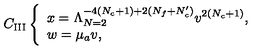
C _ { \mathrm { I I I } } \left\{ \begin{array} { l } { x = \Lambda _ { N = 2 } ^ { - 4 ( N _ { c } + 1 ) + 2 ( N _ { f } + N _ { c } ^ { \prime } ) } v ^ { 2 ( N _ { c } + 1 ) } , } \\ { w = \mu _ { a } v , } \\ \end{array} \right.